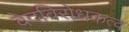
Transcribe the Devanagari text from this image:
वेदविरोधकत्व